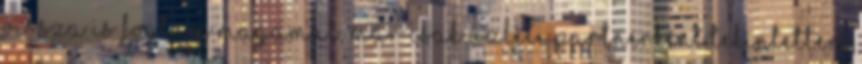
Vissza is fogtam magamat, már csak üzleti partnerként tekintettem